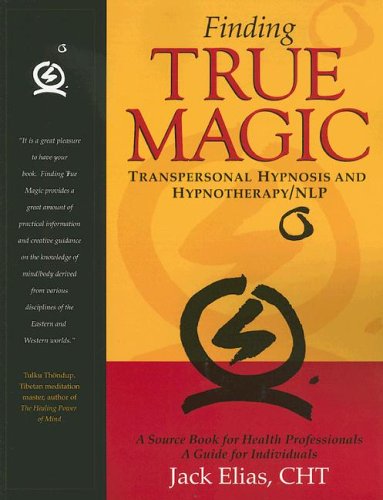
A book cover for Finding True Magic: Transpersonal Hypnosis and Hypnotherapy/NLP; Jack Elias; Self-Help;